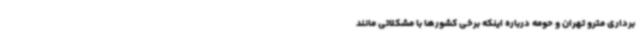
برداری مترو تهران و حومه درباره اینکه برخی کشورها با مشکلاتی مانند